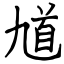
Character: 馗